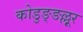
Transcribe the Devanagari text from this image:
कोडुङ्ङल्लूर